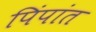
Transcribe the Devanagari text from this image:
पिंपांत